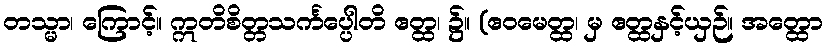
တသ္မာ၊ ကြောင့်။ ဣတိစိတ္တသင်္ကပ္ပေါတိ ဧတ္ထ၊ ၌။ (ဧဝမေတ္ထ၊ မှ ဧတ္ထနှင့်ယှဉ်။ အတ္ထော